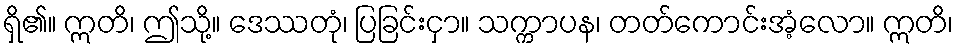
ရှိ၏။ ဣတိ၊ ဤသို့။ ဒေဿတုံ၊ ပြခြင်းငှာ။ သက္ကာပန၊ တတ်ကောင်းအံ့လော။ ဣတိ၊